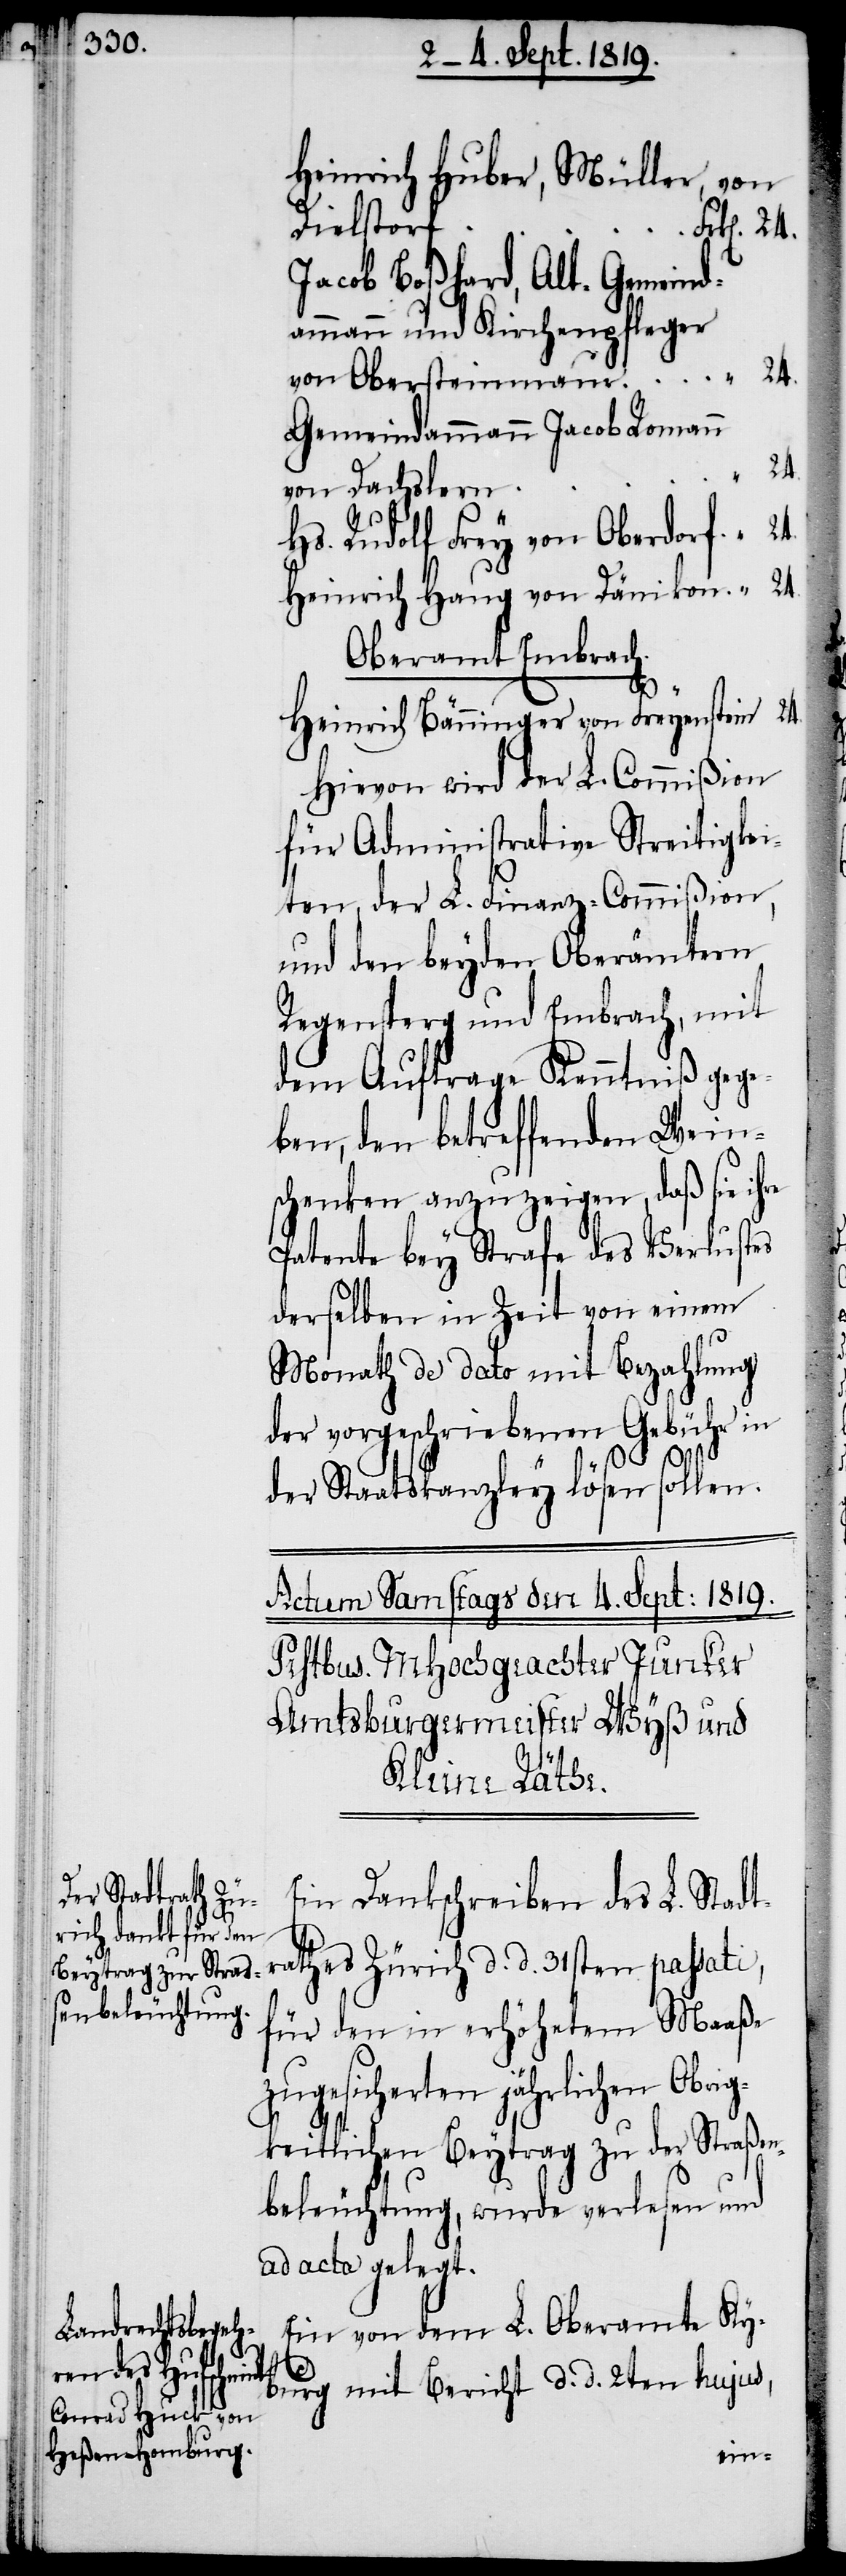
Heinrich Huber, Müller, von
Dielstorf
Jacob Boßhard, Alt-Gemeind¬
ammann und Kirchenpfleger
24.
von Obersteinmaur
Gemeindammann Jacob Romann
von Dachslern
Hs. Rudolf Frey von Oberdorf
Heinrich Haug von Dänikon
Oberamt Embrach.
Heinrich Bänninger von Freyenstein
Hievon wird der L. Commißion
für Administrative Streitigkei¬
ten, der L. Finanz-Commißion,
und den beyden Oberämtern
Regensperg und Embrach, mit
dem Auftrage Kenntniß gege¬
ben, den betreffenden Wein¬
schenken anzuzeigen, daß sie ihre
Patente bey Strafe des Verlustes
derselben in Zeit von einem
Monath de dato mit Bezahlung
der vorgeschriebenen Gebühr in
d. d.
der Staatskanzley lösen sollen.
Ein Dankschreiben des L. Stadt¬
für den in erhöhetem Maaße
zugesicherten jährlichen Obri¬
gkeitlichen Beytrag zu der Straßen¬
beleuchtung, wurde verlesen und
ad acta gelegt.
Ein von dem L. Oberamte Ky¬
burg mit Bericht d. d. 2ten hujus,